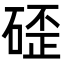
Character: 𮀬